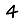
Digit: 4